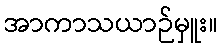
အာကာသယာဉ်မှူး။